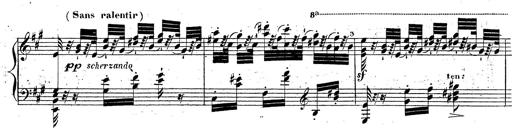
Title: Grande fantaisie sur la tyrolienne de l'opÃ©ra
Composer: Franz Liszt
Key: A major